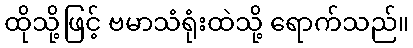
ထိုသို့ဖြင့် ဗမာသံရုံးထဲသို့ ရောက်သည်။